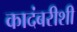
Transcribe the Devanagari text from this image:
कादंबरीशी